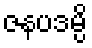
ဇနပဒမ္ပိ